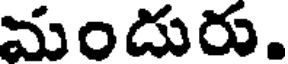
మందురు.